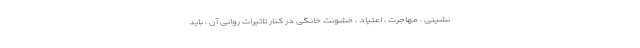
نشینی ، مهاجرت ، اعتیاد ، خشونت خانگی در کنار تاثیرات روانی آن ، باید